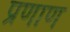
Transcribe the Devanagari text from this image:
प्रणाण